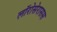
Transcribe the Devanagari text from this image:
लॉरोसेरासस